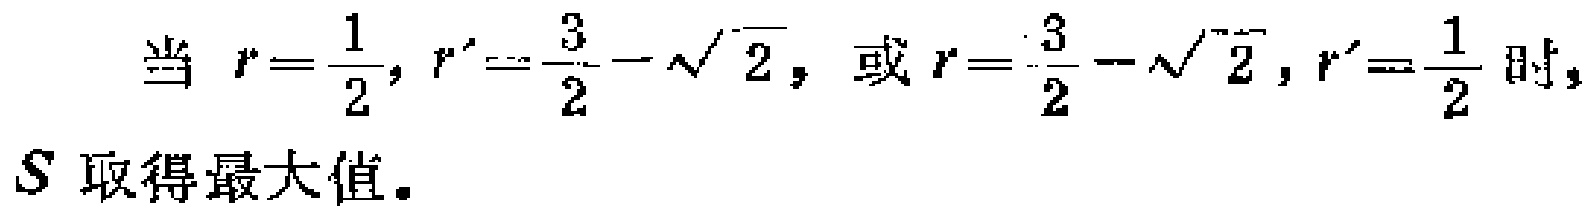
当 \(r = \frac{1}{2}, r' = \frac{3}{2} - \sqrt{2}\)，或 \(r = \frac{3}{2} - \sqrt{2}, r' = \frac{1}{2}\) 时，
\(S\) 取得最大值。